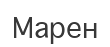
Марен